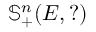
\mathbb { S } _ { + } ^ { n } ( E , ? )